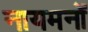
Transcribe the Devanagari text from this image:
नायमनों